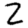
Digit: 2